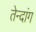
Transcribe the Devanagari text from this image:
तेन्दांग